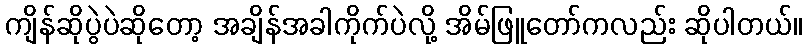
ကျိန်ဆိုပွဲပဲဆိုတော့ အချိန်အခါကိုက်ပဲလို့ အိမ်ဖြူတော်ကလည်း ဆိုပါတယ်။